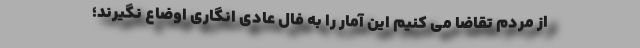
از مردم تقاضا می کنیم این آمار را به فال عادی انگاری اوضاع نگیرند؛